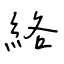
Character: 絡